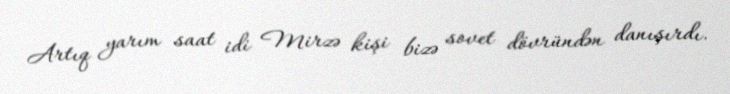
Artıq yarım saat idi Mirzə kişi bizə sovet dövründən danışırdı.